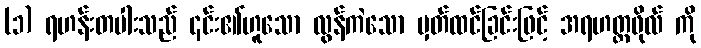
(၁) ရဟန်းတပါးသည် ၎င်း၏ဟူသော လွန်ကဲသော မှတ်ထင်ခြင်းဖြင့် အရဟတ္တဖိုလ် ကို